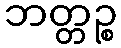
ဘတ္တဉ္စ